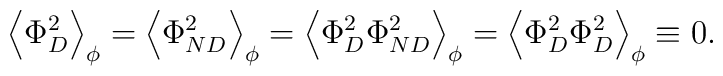
\left\langle \Phi _D^2\right\rangle _\phi =\left\langle \Phi_{ND}^2\right\rangle _\phi =\left\langle \Phi _D^2\Phi _{ND}^2\right\rangle_\phi =\left\langle \Phi _D^2\Phi _D^2\right\rangle _\phi \equiv 0 .